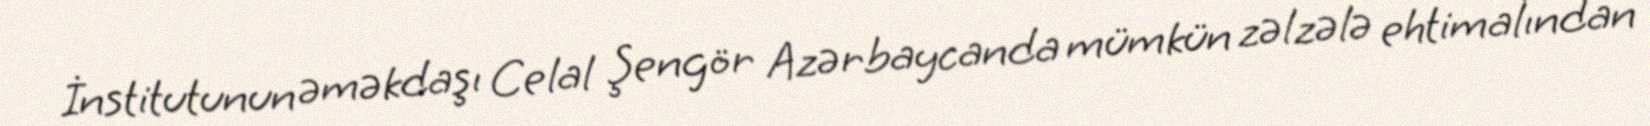
İnstitutunun əməkdaşı Celal Şengör Azərbaycanda mümkün zəlzələ ehtimalından